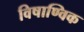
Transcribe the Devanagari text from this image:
विषाण्विक